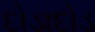
દોડાદોડ